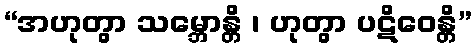
“အဟုတွာ သမ္ဘောန္တိ ၊ ဟုတွာ ပဋိဝေန္တိ”